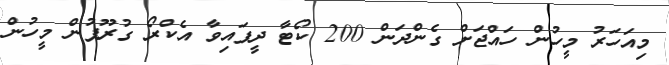
މިއަހަރު މީހުން ހައްޖަށް ގެންދަން 200 ކޯޓާ ދީފައިވާ އެކްރޯ ގުރޫޕުން މީހުން